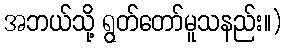
အဘယ်သို့ ရွတ်တော်မူသနည်း။)